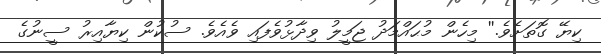
ކިޔޭ ގޮތަށެވެ.'' މިހެން މުޙައްމަދު ޖަމީލު ވިދާޅުވެފައި ވެއެވެ. ސުކުން ކިޔާއިރު ސީނުގެ